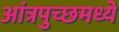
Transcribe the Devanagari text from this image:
आंत्रपुच्छमध्ये